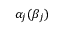
\alpha _ { j } ( \beta _ { j } )